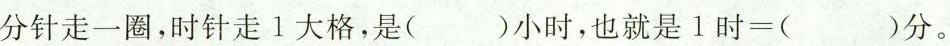
分针走一圈，时针走1大格，是()小时，也就是$$1 时 = ( ) 分$$。